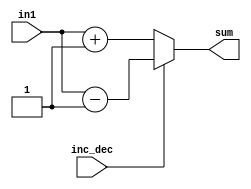
module DW01_incdec_oper(in1,inc_dec,sum);
  parameter wordlength = 8;

  input [wordlength-1:0] in1;
  input inc_dec;
  output [wordlength-1:0] sum;
  reg [wordlength-1:0] sum;

always @(in1 or inc_dec)
begin
  if (inc_dec == 1)
    sum = in1 - 1;
  else
    sum = in1 + 1;
  end
endmodule